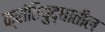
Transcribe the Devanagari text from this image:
क्रांतियुद्धातील